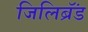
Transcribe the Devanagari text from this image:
जिलिब्रॅंड